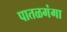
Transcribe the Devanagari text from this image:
पातळगंगा